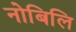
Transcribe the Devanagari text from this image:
नोबिलि